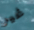
غير